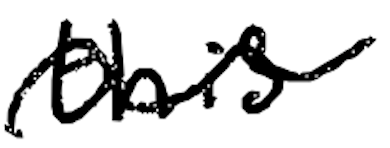
Text: this
Cross-out: wave
Writing tool: digital_black